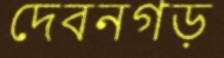
দেবনগড়